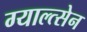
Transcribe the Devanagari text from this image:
ग्याल्त्सेन